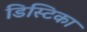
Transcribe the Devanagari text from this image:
डिस्टिका